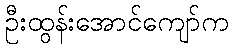
ဦးထွန်းအောင်ကျော်က